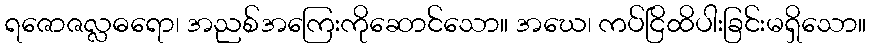
ရဇောဇလ္လဓရော၊ အညစ်အကြေးကိုဆောင်သော။ အဃေ၊ ကပ်ငြိထိပါးခြင်းမရှိသော။